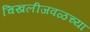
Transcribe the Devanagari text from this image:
चिखलीजवळच्या